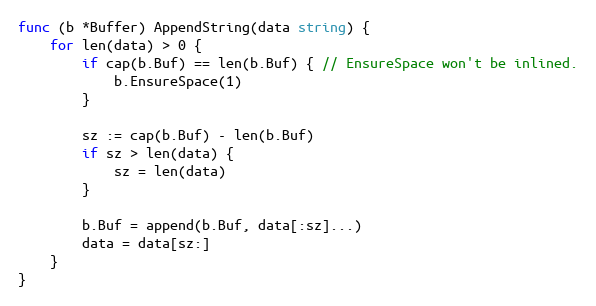
Language: Go
func (b *Buffer) AppendString(data string) {
	for len(data) > 0 {
		if cap(b.Buf) == len(b.Buf) { // EnsureSpace won't be inlined.
			b.EnsureSpace(1)
		}

		sz := cap(b.Buf) - len(b.Buf)
		if sz > len(data) {
			sz = len(data)
		}

		b.Buf = append(b.Buf, data[:sz]...)
		data = data[sz:]
	}
}